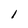
Character: l